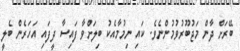
ބޭރަށް ދާން މަޖުބޫރުވުމުންނެވެ. ކައި ނިމުމާއެކު ބިލަށްވާ ފައިސާ ދީފައި އަހަރެން ބެލީ